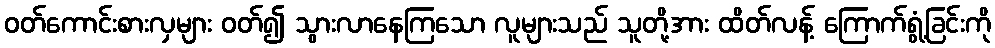
ဝတ်ကောင်းစားလှများ ဝတ်၍ သွားလာနေကြသော လူများသည် သူတို့အား ထိတ်လန့် ကြောက်ရွံ့ခြင်းကို